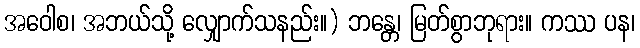
အဝေါစ၊ အဘယ်သို့ လျှောက်သနည်း။) ဘန္တေ၊ မြတ်စွာဘုရား။ ကဿ ပန၊